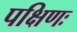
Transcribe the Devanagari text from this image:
पक्षिणः